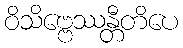
ဝိသိဗ္ဗေဿန္တီတိပေ